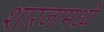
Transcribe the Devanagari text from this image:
शारजामध्ये